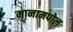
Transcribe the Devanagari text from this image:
मानामपोल